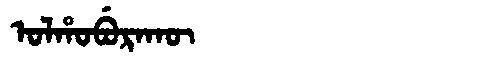
Manchu: ᠣᠯᡥᠣᠪᡠᡵᠠᡴᡡ
Romanization: OLHOBURAKŪ